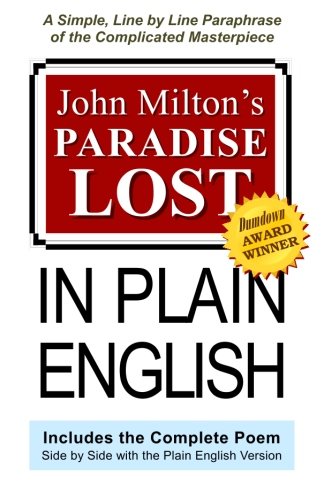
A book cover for John Milton's Paradise Lost In Plain English: A Simple, Line By Line Paraphrase Of The Complicated Masterpiece; Joseph Lanzara; Literature & Fiction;